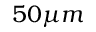
5 0 \mu m